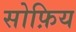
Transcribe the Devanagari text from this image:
सोफ़िय